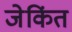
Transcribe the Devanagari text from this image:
जेकिंत